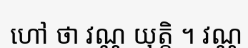
ហៅ ថា វណ្ណ យុត្តិ ។ វណ្ណ